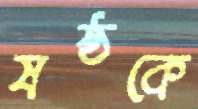
ষষ্ঠকে